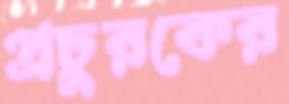
প্রচুরকের